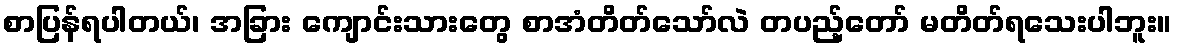
စာပြန်ရပါတယ်၊ အခြား ကျောင်းသားတွေ စာအံတိတ်သော်လဲ တပည့်တော် မတိတ်ရသေးပါဘူး။